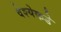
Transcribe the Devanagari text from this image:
वेश्येकडे